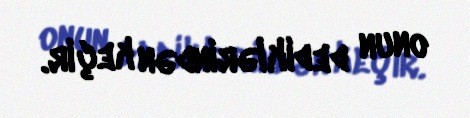
onun dediklərindən keçir.